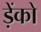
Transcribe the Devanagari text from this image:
ड़ेंको